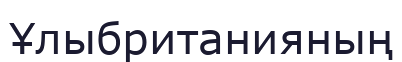
Ұлыбританияның